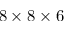
8 \times 8 \times 6